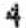
4